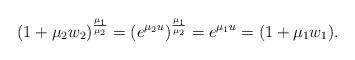
LaTeX: \begin{align*}(1+\mu_2 w_2)^{\frac{\mu_1}{\mu_2}}=(e^{\mu_2 u})^{\frac{\mu_1}{\mu_2}} = e^{\mu_1 u}= (1+\mu_1 w_1).\end{align*}